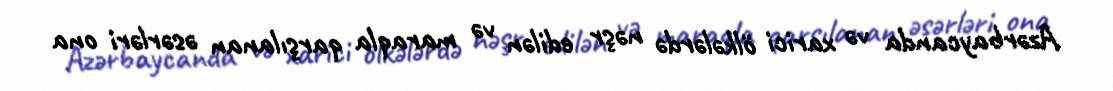
Azərbaycanda və xarici ölkələrdə nəşr edilən və maraqla qarşılanan əsərləri ona